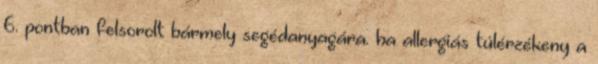
6. pontban felsorolt bármely segédanyagára. ha allergiás túlérzékeny a